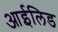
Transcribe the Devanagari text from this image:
आईलिड